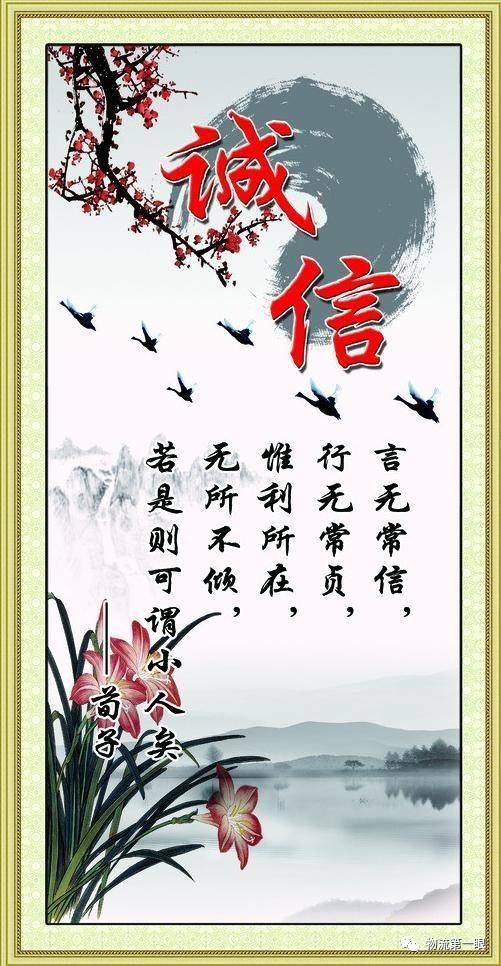
养心莫善于诚。